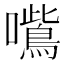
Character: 𭌦